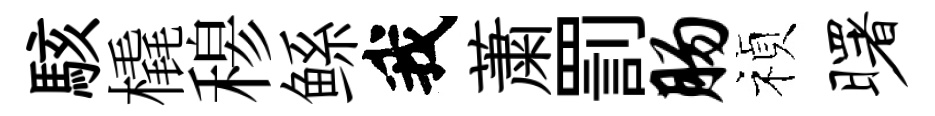
駭橇𥠇鲧我䔥罰肠禎曙